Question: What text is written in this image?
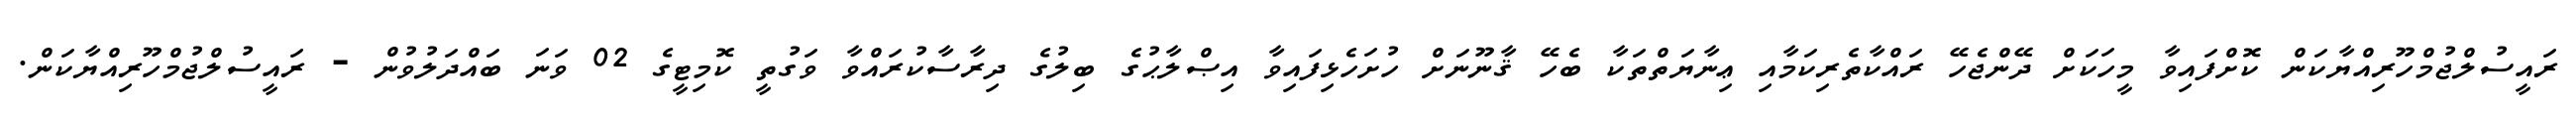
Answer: ރައީސުލްޖުމްހޫރިއްޔާކަން ކޮށްފައިވާ މީހަކަށް ދޭންޖެހޭ ރައްކާތެރިކަމާއި ޢިނާޔަތްތަކާ ބެހޭ ޤާނޫނަށް ހުށަހެޅިފައިވާ އިޞްލާޙުގެ ބިލުގެ ދިރާސާކުރައްވާ ވަގުތީ ކޮމިޓީގެ 02 ވަނަ ބައްދަލުވުން - ރައީސުލްޖުމްހޫރިއްޔާކަން.